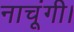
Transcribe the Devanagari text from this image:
नाचूंगी।